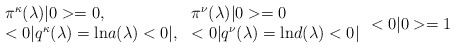
\begin{align*}\begin{array}{ll}\pi^{\kappa}(\lambda)|0>=0,&\pi^{\nu}(\lambda)|0>=0\\<0|q^{\kappa}(\lambda)=\mbox{ln}a(\lambda)<0|,&<0|q^{\nu}(\lambda)=\mbox{ln}d(\lambda)<0|\end{array}<0|0>=1\end{align*}